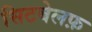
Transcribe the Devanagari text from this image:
सिटबेलफ़